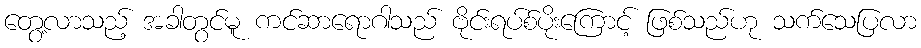
တွေ့လာသည့် အခါတွင်မူ ကင်ဆာရောဂါသည် ဗိုင်းရပ်စ်ပိုးကြောင့် ဖြစ်သည်ဟု သက်သေပြလာ